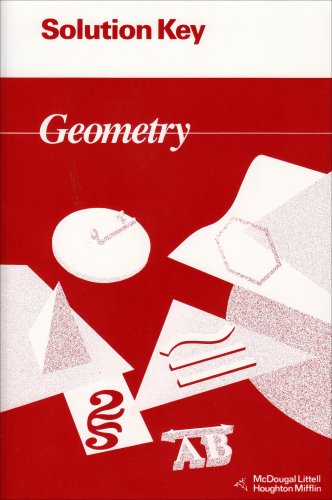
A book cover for Geometry: Solution Key; Ray C. Jurgensen; Science & Math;